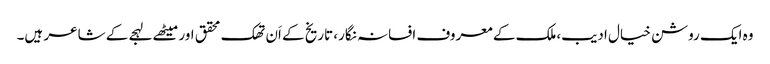
وہ ایک روشن خیال ادیب،ملک کے معروف افسانہ نگار، تاریخ کے اَن تھک محقق اور میٹھے لہجے کے شاعر ہیں۔